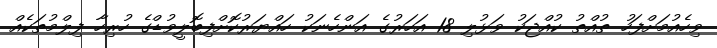
ވިހެއުމަށްފަހު ތުއްތު ކުއްޖަކު ވަޅުލި 18 އަހަރުގެ އަންހެނަކު ހައްޔަރުކޮށްފިބޮލީވުޑްގެ ހުރިހާ ފިލްމުތަކެއް